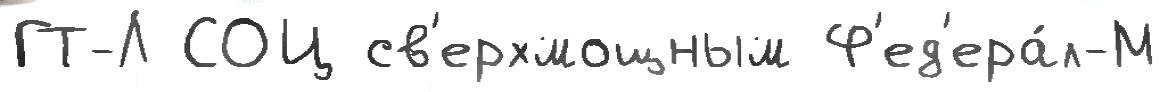
ГТ-Л СОЦ св'ерхмощным Ф'ед'ера́л-М